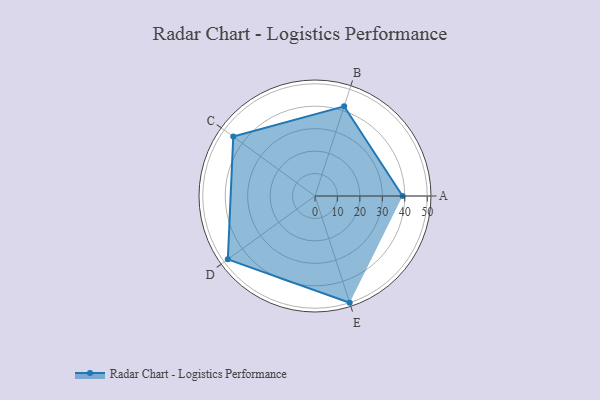
{"axis": {"x": "Skill", "y": "Score"}, "legend": ["Profile"], "data": [{"x": "A", "y": 39.0, "type": "Profile"}, {"x": "B", "y": 42.0, "type": "Profile"}, {"x": "C", "y": 45.0, "type": "Profile"}, {"x": "D", "y": 48.0, "type": "Profile"}, {"x": "E", "y": 50.0, "type": "Profile"}]}